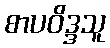
စာပဝိဒ္ဒသူ